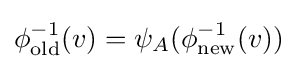
\phi _{\mathrm {old} }^{-1}(v)=\psi _{A}(\phi _{\mathrm {new} }^{-1}(v))